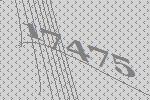
17475